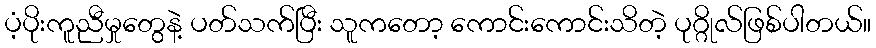
ပံ့ပိုးကူညီမှုတွေနဲ့ ပတ်သက်ပြီး သူကတော့ ကောင်းကောင်းသိတဲ့ ပုဂ္ဂိုလ်ဖြစ်ပါတယ်။